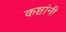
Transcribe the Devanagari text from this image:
कष्टांनी